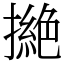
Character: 撧